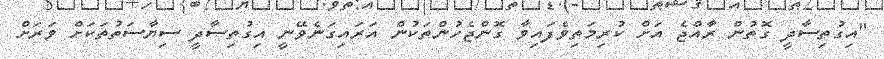
"އިގުތިސާދީ ގޮތުން ރާއްޖެ އަށް ކުރިމަތިވެފައިވާ ގޮންޖެހުންތަކުން އަރައިގަނެވޭނީ އިގުތިސާދީ ސިޔާސަތުތަކަށް ވަރަށް